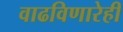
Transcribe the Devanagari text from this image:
वाढविणारेही